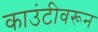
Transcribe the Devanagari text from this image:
काउंटीवरून